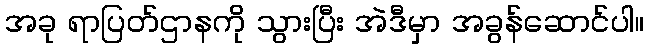
အခု ရာပြတ်ဌာနကို သွားပြီး အဲဒီမှာ အခွန်ဆောင်ပါ။